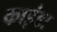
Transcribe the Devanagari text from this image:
काइंडा